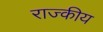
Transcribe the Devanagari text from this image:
राज्कीय